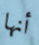
أنها